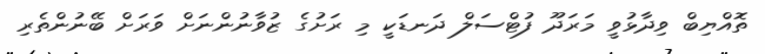
ތޮއްޔިބް ވިދާޅުވީ މަރަދޫ ފުޓްސަލް ދަނޑަކީ މި ރަށުގެ ޒުވާނުންނަށް ވަރަށް ބޭނުންތެރި